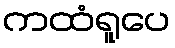
ကထံရူပေ